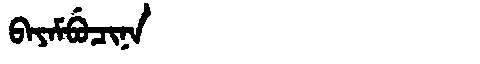
Manchu: ᠪᠠᠶᠠᠮᠪᡠᠴᡳᠨᠠ
Romanization: BAYAMBUCINA